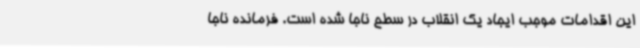
این اقدامات موجب ایجاد یک انقلاب در سطح ناجا شده است. فرمانده ناجا